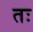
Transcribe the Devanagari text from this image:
तः